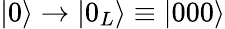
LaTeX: \vert 0\rangle\rightarrow\vert 0_{L}\rangle\equiv\vert 000\rangle